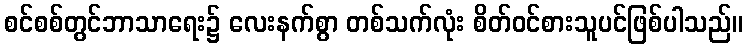
စင်စစ်တွင်ဘာသာရေး၌ လေးနက်စွာ တစ်သက်လုံး စိတ်ဝင်စားသူပင်ဖြစ်ပါသည်။